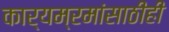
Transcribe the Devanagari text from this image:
कार्यम्रमांसाठीही